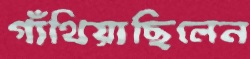
গাঁথিয়াছিলেন